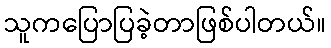
သူကပြောပြခဲ့တာဖြစ်ပါတယ်။